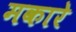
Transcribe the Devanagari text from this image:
मकारे